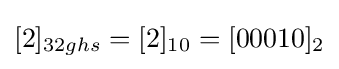
[2]_{32ghs}=[2]_{10}=[00010]_{2}